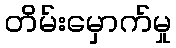
တိမ်းမှောက်မှု